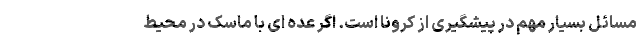
مسائل بسیار مهم در پیشگیری از کرونا است. اگر عده ای با ماسک در محیط